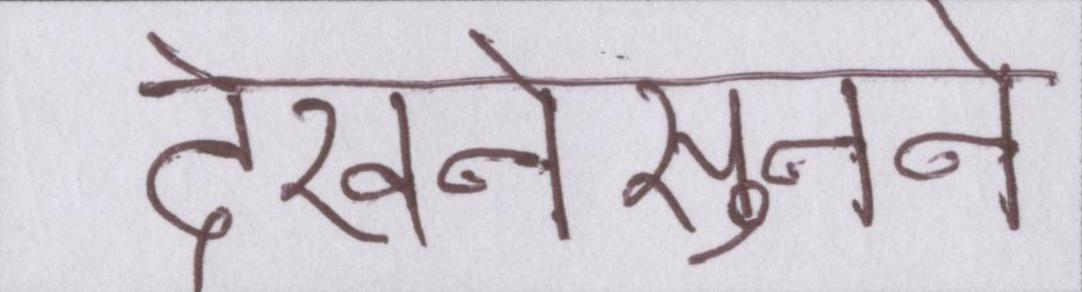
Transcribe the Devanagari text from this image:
देखनेसुनने